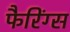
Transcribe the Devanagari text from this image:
फैरिंग्स